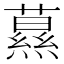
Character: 𦿌